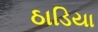
ઠાડિયા